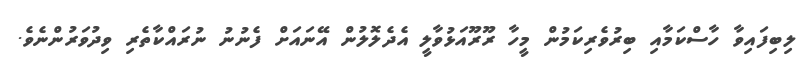
ލިބިފައިވާ ހާސްކަމާއި ބިރުވެރިކަމުން މީހާ ރޫރޫއަޅުވާލީ އެދެލޮލުން އޭނައަށް ފެނުނު ނުރައްކާތެރި ވިދުވަރުންނެވެ.